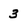
Character: 3